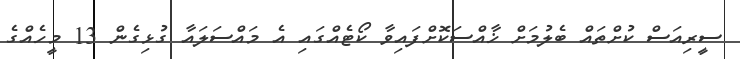
ސީރިއަސް ކުށްތައް ބެލުމަށް ޚާއްސަކޮށްފައިވާ ކޯޓެއްގައި އެ މައްސަލައާ ގުޅިގެން 13 މީހެއްގެ